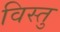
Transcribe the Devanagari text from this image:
विस्तु